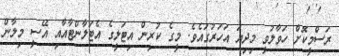
ރަސްމީކޮށް ހަވާލުވީ މިދިޔަ އަހަރުގައެވެ. މީގެ ކުރިން އިޓަލީގެ އެޓަލާންޓާއާއި އޭސީ މިލާން